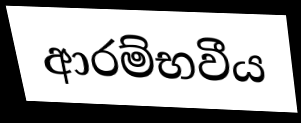
ආරම්භවීය